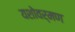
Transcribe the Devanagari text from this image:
यशोवर्मण